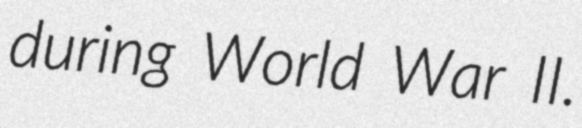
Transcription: during World War II.